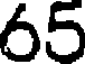
65